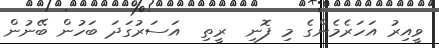
ވީއިރު އަހަރެމެންގެ މި ފޮނި  ރީތި  އަސަރުގަދަ ބަހުން ބޭނުން